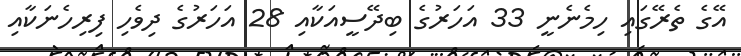
އޭގެ ތެރޭގައި ހިމެނެނީ 33 އަހަރުގެ ބިދޭސީއަކާއި 28 އަހަރުގެ ދިވެހި ފިރިހެނަކާއި